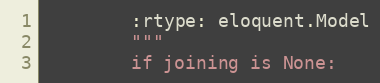
Language: Python
        :rtype: eloquent.Model
        """
        if joining is None: